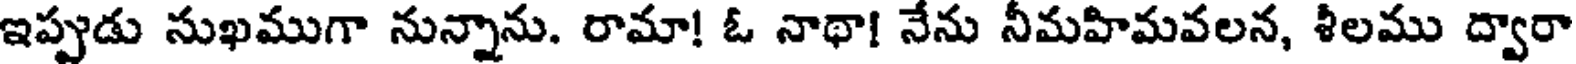
ఇప్పుడు సుఖముగా నున్నాను. రామా! ఓ నాథా! నేను నీమహిమవలన, శీలము ద్వారా